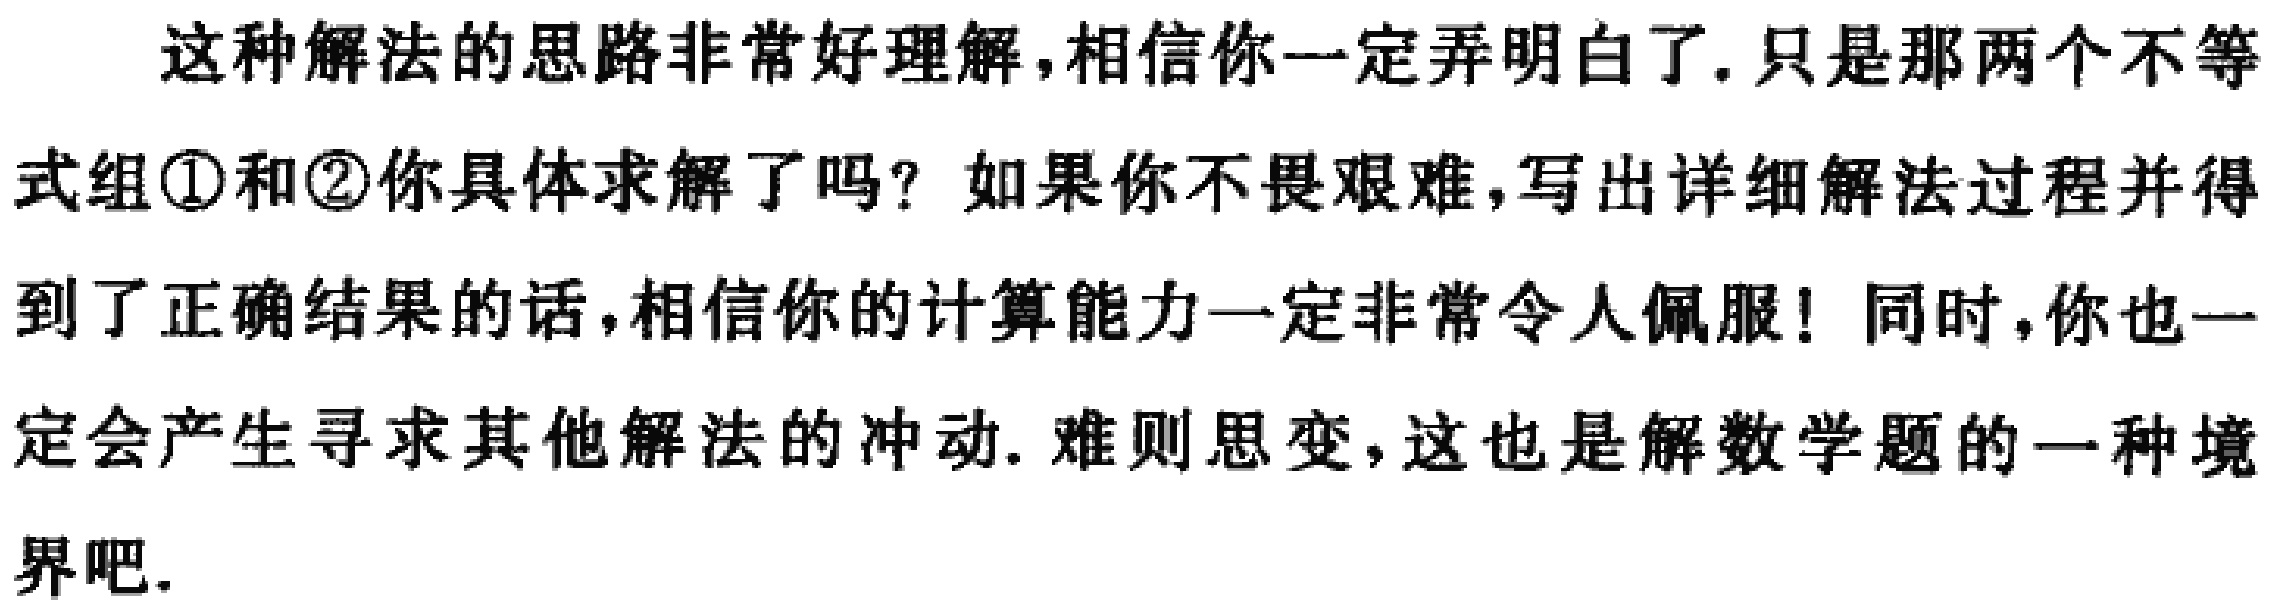
这种解法的思路非常好理解,相信你一定弄明白了. 只是那两个不等式组\textcircled{1}和\textcircled{2}你具体求解了吗？如果你不畏艰难,写出详细解法过程并得到了正确结果的话,相信你的计算能力一定非常令人佩服！同时,你也一定会产生寻求其他解法的冲动. 难则思变,这也是解数学题的一种境界吧.